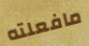
مافعلته